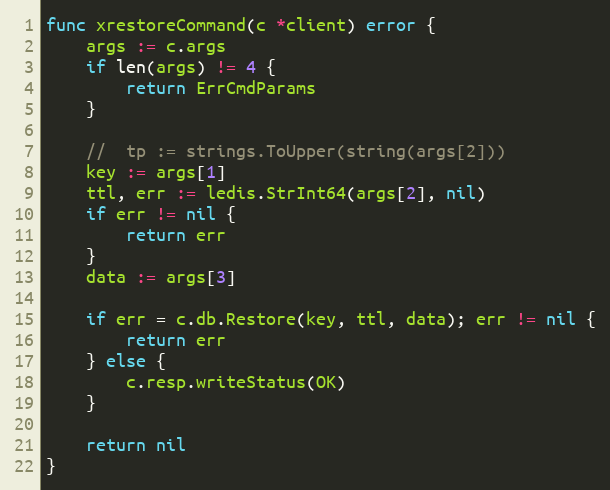
Language: Go
func xrestoreCommand(c *client) error {
	args := c.args
	if len(args) != 4 {
		return ErrCmdParams
	}

	//	tp := strings.ToUpper(string(args[2]))
	key := args[1]
	ttl, err := ledis.StrInt64(args[2], nil)
	if err != nil {
		return err
	}
	data := args[3]

	if err = c.db.Restore(key, ttl, data); err != nil {
		return err
	} else {
		c.resp.writeStatus(OK)
	}

	return nil
}